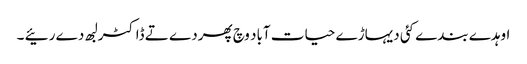
اوہدے بندے کئی دیہاڑے حیات آباد وچ پھردے تے ڈاکٹر لبھ دے رئیے ۔